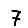
Digit: 7